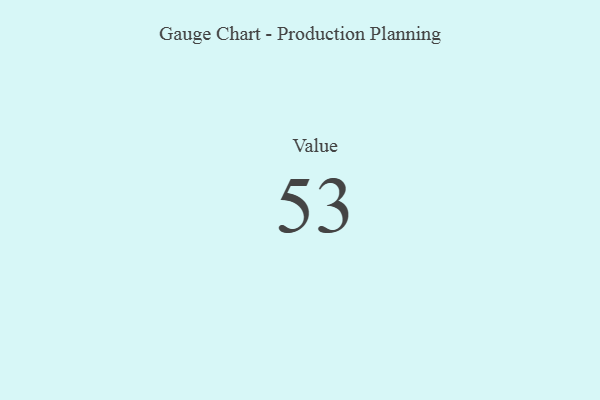
{"axis": {"x": "Metric", "y": "Value"}, "legend": [""], "data": [{"x": "Value", "y": 53, "type": ""}]}